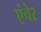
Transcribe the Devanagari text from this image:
एंचेर